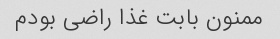
ممنون بابت غذا راضی بودم